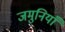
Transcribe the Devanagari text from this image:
जमुनियाँ